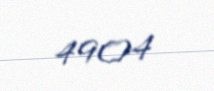
4904